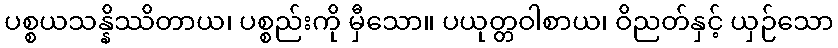
ပစ္စယသန္နိဿိတာယ၊ ပစ္စည်းကို မှီသော။ ပယုတ္တဝါစာယ၊ ဝိညတ်နှင့် ယှဉ်သော